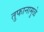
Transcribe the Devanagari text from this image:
तुफानामुळे